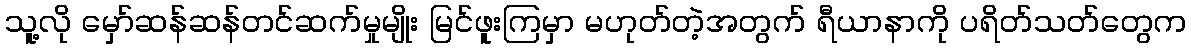
သူ့လို မှော်ဆန်ဆန်တင်ဆက်မှုမျိုး မြင်ဖူးကြမှာ မဟုတ်တဲ့အတွက် ရီယာနာကို ပရိတ်သတ်တွေက